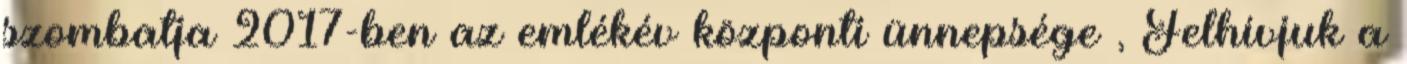
szombatja 2017-ben az emlékév központi ünnepsége , Felhívjuk a